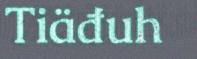
Tiäđuh